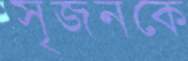
সৃজনকে